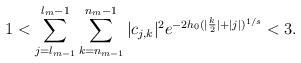
LaTeX: \begin{align*} 1 < \sum_{j=l_{m-1}} ^{l_m -1} \sum_{k= n_{m-1}} ^{n_m - 1} |c_{j,k} |^2 e^{-2h_0(|\frac{k}{2}| + |j|)^{1/s}} < 3.\end{align*}